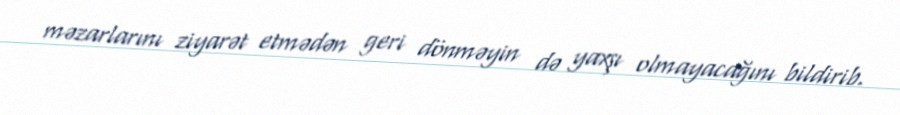
məzarlarını ziyarət etmədən geri dönməyin də yaxşı olmayacağını bildirib.